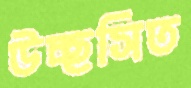
উচ্ছসিত